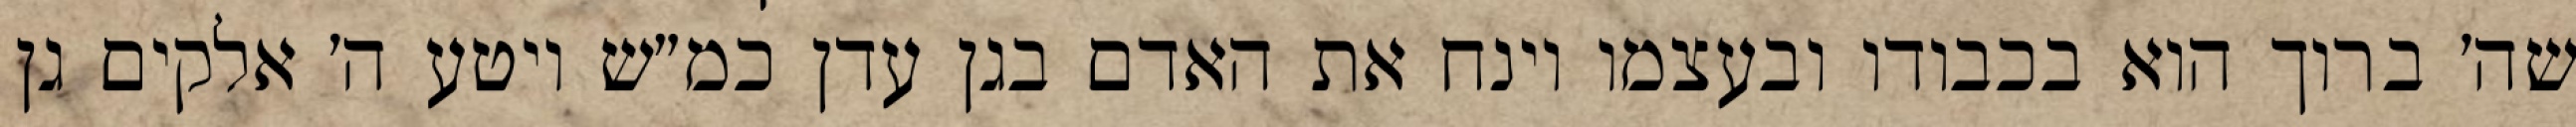
שה׳ ברוך הוא בכבודו ובעצמו וינח את האדם בגן עדן כמ״ש ויטע ה׳ אלקים גן